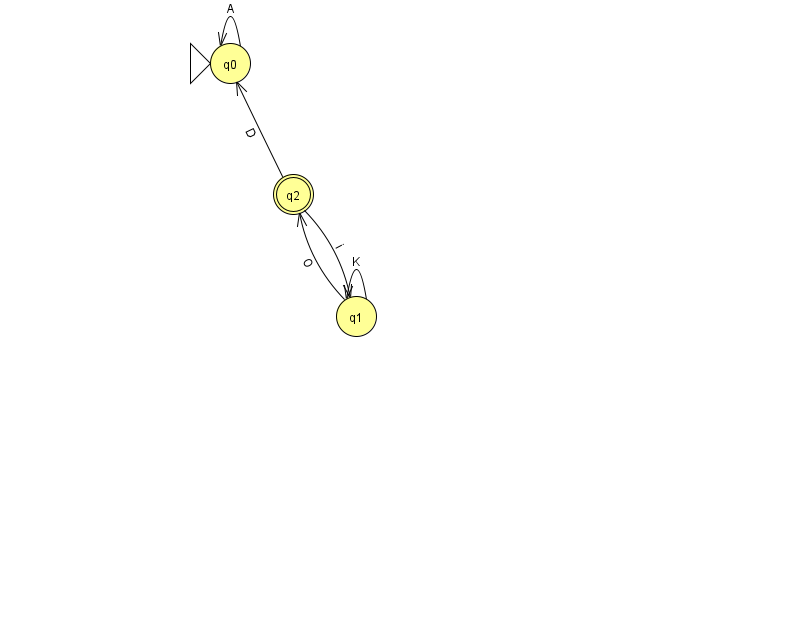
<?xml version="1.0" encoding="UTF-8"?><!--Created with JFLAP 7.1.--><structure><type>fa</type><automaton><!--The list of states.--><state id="0" name="q0"><x>230.0</x><y>50.0</y><initial/></state><state id="1" name="q1"><x>356.0</x><y>303.0</y></state><state id="2" name="q2"><x>293.0</x><y>181.0</y><final/></state><!--The list of transitions.--><transition><from>0</from><to>0</to><read>A</read></transition><transition><from>2</from><to>1</to><read>i</read></transition><transition><from>1</from><to>2</to><read>O</read></transition><transition><from>1</from><to>1</to><read>K</read></transition><transition><from>2</from><to>0</to><read>D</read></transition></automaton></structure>